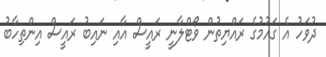
ދުވަހު އެ ގައުމުގެ ރައްޔިތުން ވޯޓްލާނީ ރައީސް އާއި ނައިބު ރައީސް އިންތިހާބު